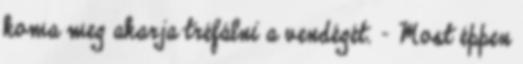
koma meg akarja tréfálni a vendégét. – Most éppen